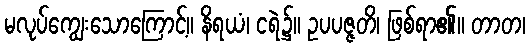
မလုပ်ကျွေးသောကြောင့်။ နိရယံ၊ ငရဲ၌။ ဥပပဇ္ဇတိ၊ ဖြစ်ရာ၏။ တာတ၊